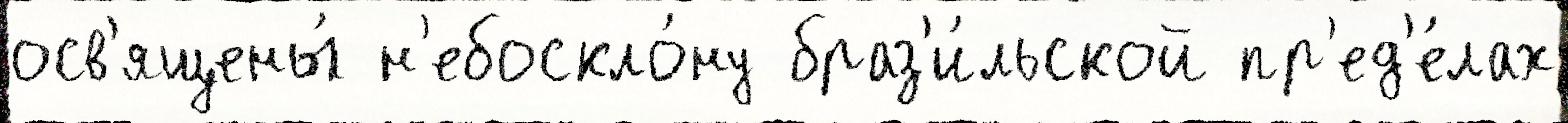
осв'ящены́ н'ебоскло́ну браз'и́льской пр'ед'е́лах